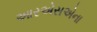
આરએસએના